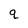
Character: q